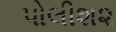
પોલીશ૨